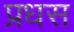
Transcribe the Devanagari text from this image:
प्रधस